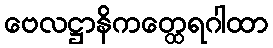
ဗေလဋ္ဌာနိကတ္ထေရဂါထာ